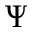
\Psi